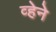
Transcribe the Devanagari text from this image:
व्हेने